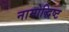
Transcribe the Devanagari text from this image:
नामोद्धिष्ट